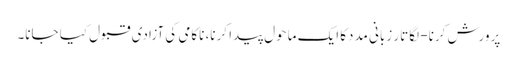
پرورش کرنا- لگاتار زبانی مددکا ایک ماحول پیدا کرنا، ناکامی کی آزادی قبول کیا جانا۔